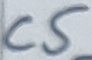
Text: C5